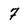
Character: 7